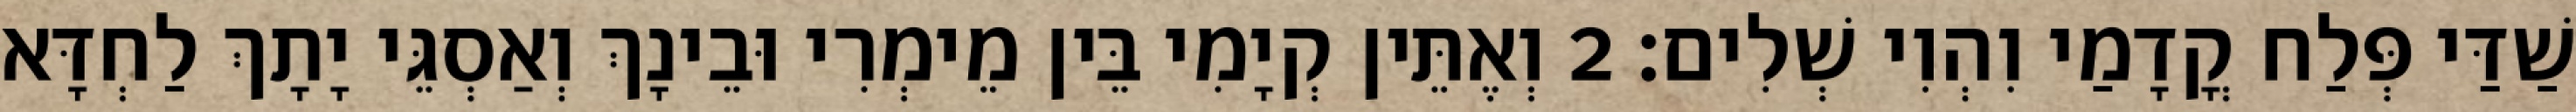
שַׁדַּי פְּלַח קֳדָמַי וִהְוִי שְׁלִים׃ 2 וְאֶתֵּין קְיָמִי בֵּין מֵימְרִי וּבֵינָךְ וְאַסְגֵּי יָתָךְ לַחְדָּא